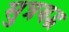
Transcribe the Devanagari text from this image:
सुत्रबद्ध